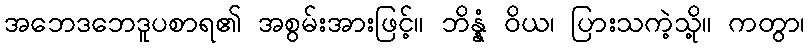
အဘေဒဘေဒူပစာရ၏ အစွမ်းအားဖြင့်။ ဘိန္နံ ဝိယ၊ ပြားသကဲ့သို့။ ကတွာ၊